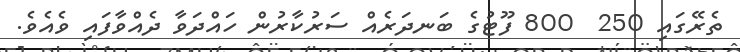
ތެރޭގައި 250  800 ފޫޓުގެ ބަނދަރެއް ސަރުކާރުން ހައްދަވާ ދެއްވާފައި ވެއެވެ.